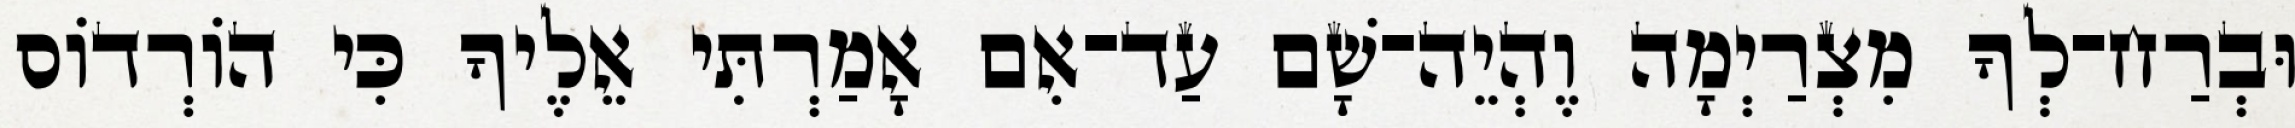
וּבְרַח־לְךָ מִצְרַיְמָה וֶהְיֵה־שָׁם עַד־אִם אָמַרְתִּי אֵלֶיךָ כִּי הוֹרְדוֹס